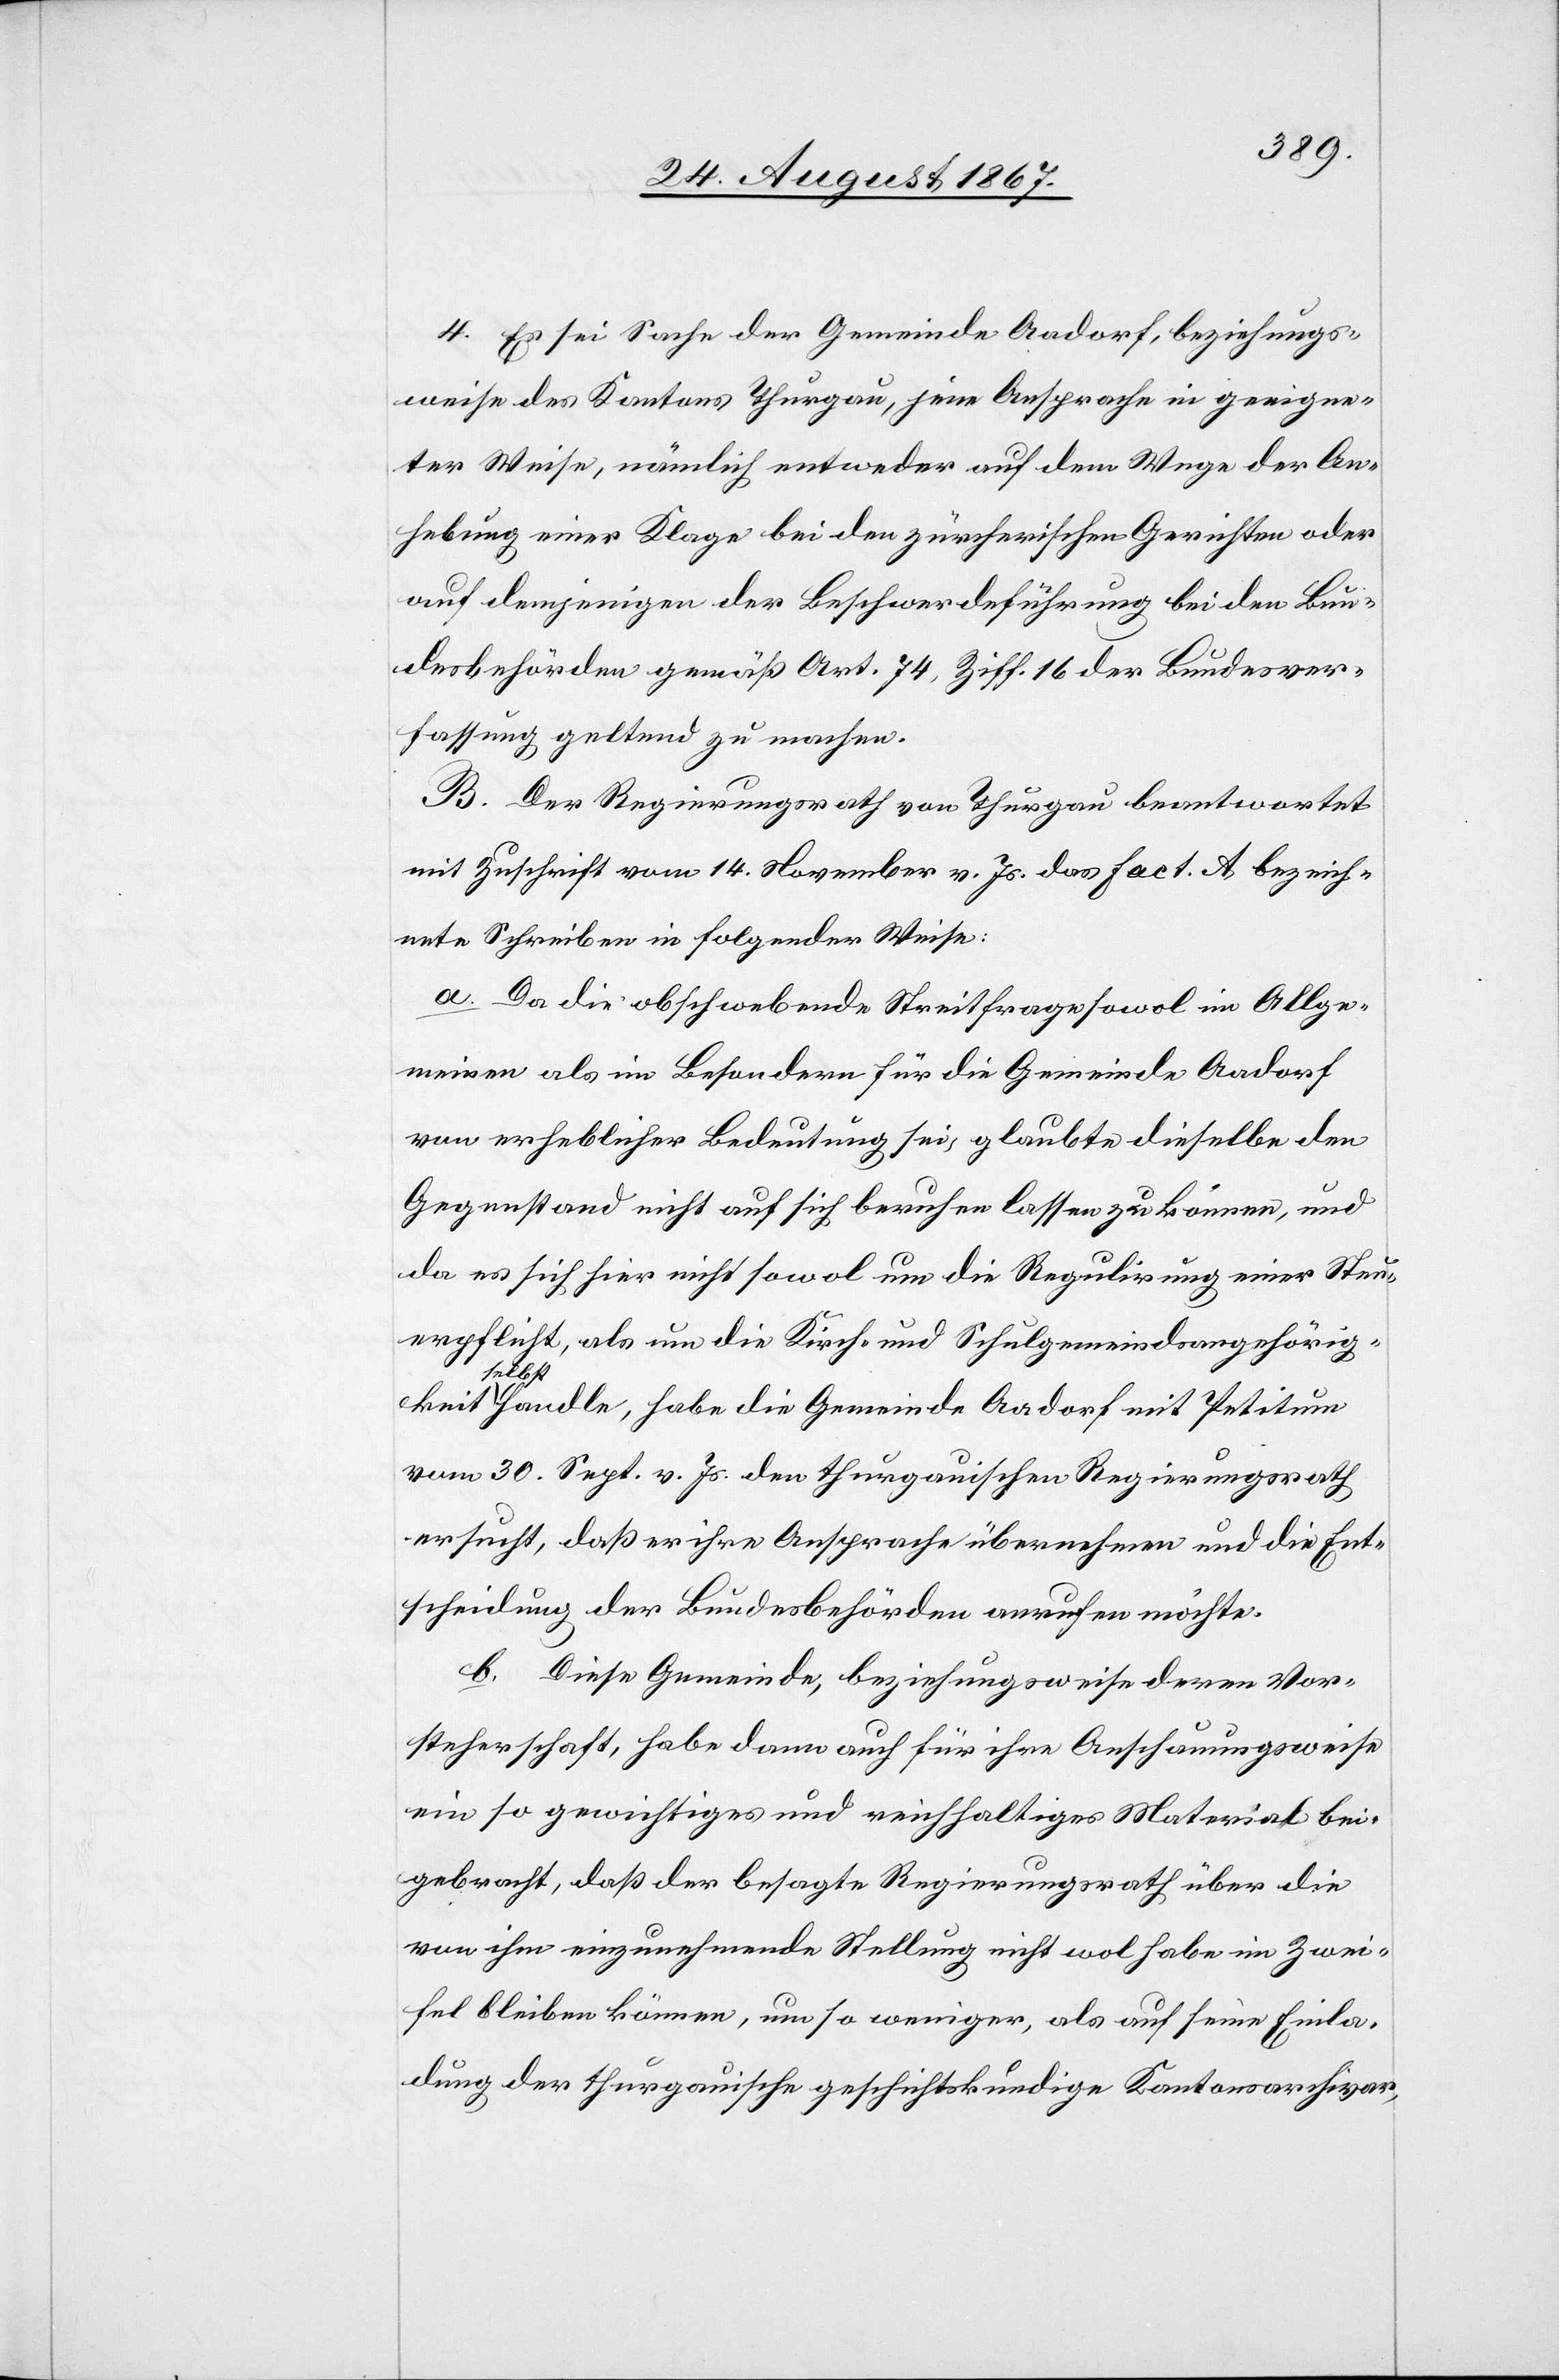
4. Es sei Sache der Gemeinde Aadorf, beziehungs¬
weise des Kantons Thurgau, jene Ansprache in geeigne¬
ter Weise, nämlich entweder auf dem Wege der An¬
hebung einer Klage bei den zürcherischen Gerichten oder
auf demjenigen der Beschwerdeführung bei den Bun¬
desbehörden gemäß Art. 74, Ziff. 16 der Bundesver¬
fassung geltend zu machen.
B. Der Regierungsrath von Thurgau beantwortet
mit Zuschrift vom 14. November v. Js. das Fact. A bezeich¬
nete Schreiben in folgender Weise:
a. Daß die obschwebende Streitfrage im Allge¬
meine als im Besondern für die Gemeinde Aadorf
von erheblicher Bedeutung sei, glaubte dieselbe den
Gegenstand nicht auf sich beruhen lassen zu können, und
da es sich hier nicht sowol um die Regulirung einer Steu¬
erpflicht, als um die Kirch- und Schulgemeindsangehörig¬
keit
selbst handle, habe die Gemeinde Aadorf mit Petitum
vom 30. Sept. v. Js. den thurgauischen Regierungsrath
ersucht, daß er ihre Ansprache übernehmen und die Ent¬
scheidung der Bundesbehörden anrufen möchte.
b. Diese Gemeinde, beziehungsweise deren Vor¬
steherschaft, habe dann auch für ihre Anschauungsweise
ein so gewichtiges und reichhaltiges Material bei¬
gebracht, daß der besagte Regierungsrath über die
von ihm einzunehmende Stellung nicht wol habe im Zwei¬
fel bleiben können, um so weniger, als auf seine Einla¬
dung der thurgauische geschichtskundige Kantonsarchivar,